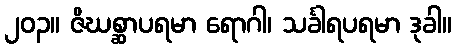
၂၀၃။ ဇိဃစ္ဆာပရမာ ရောဂါ၊ သင်္ခါရပရမာ ဒုခါ။